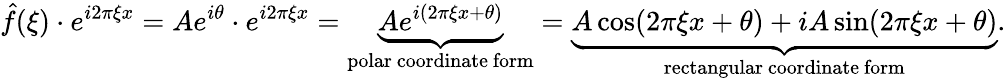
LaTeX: {\hat{f}}(\xi)\cdot e^{i2\pi\xi x}=Ae^{i\theta}\cdot e^{i2\pi\xi x}=\underbrace{Ae^{i(2\pi\xi x+\theta)}}_{\mathrm{polar~coordinate~form}}=\underbrace{A\cos(2\pi\xi x+\theta)+iA\sin(2\pi\xi x+\theta)}_{\mathrm{rectangular~coordinate~form}}.